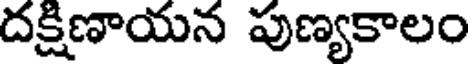
దక్షిణాయన పుణ్యకాలం